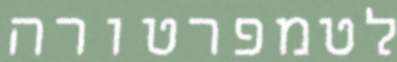
לטמפרטורה